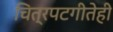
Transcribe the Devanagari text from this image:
चित्रपटगीतेही